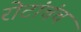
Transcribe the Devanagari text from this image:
रोटांचंच